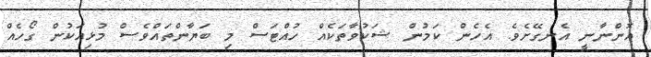
އޮންނާނީ އެނގޭށެވެ. އެހެން ކަމުން ޝަކުވާތަކެއް ހުއްޓަސް މި ބަޔާންތައްވެސް މުޅިއަކުން ގޯހެއް